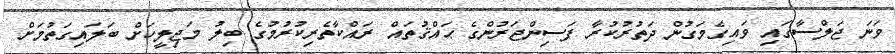
ވަނަ ޖަލްސާގައި ވައިގެމަގުން ދަތުރުކުރާ ފަސިންޖަރުންގެ ޙައްޤުތައް ރައްކާތެރިކުރުމުގެ ބިލު މަޖިލީހަށް ބަލައިގަތުމަށް